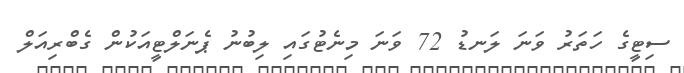
ސިޓީގެ ހަތަރު ވަނަ ލަނޑު 72 ވަނަ މިނެޓުގައި ލިބުނު ޕެނަލްޓީއަކުން ގެބްރިއަލް